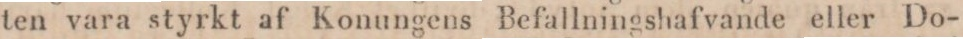
ten vara styrkt af Konungens Befallningshafvande eller Do-